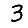
Digit: 3